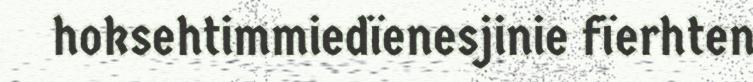
hoksehtimmiedïenesjinie fïerhten